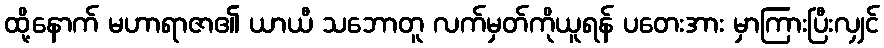
ထို့နောက် မဟာရာဇာ၏ ယာယီ သဘောတူ လက်မှတ်ကိုယူရန် ပတေးအား မှာကြားပြီးလျှင်